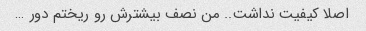
اصلا کیفیت نداشت.. من نصف بیشترش رو ریختم دور …